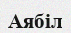
Аябіл